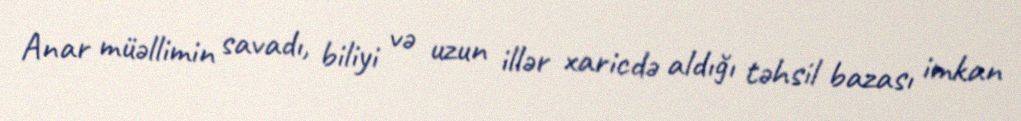
Anar müəllimin savadı, biliyi və uzun illər xaricdə aldığı təhsil bazası imkan